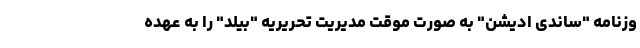
وزنامه "ساندی ادیشن" به صورت موقت مدیریت تحریریه "بیلد" را به عهده